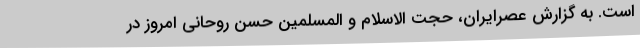
است. به گزارش عصرایران، حجت الاسلام و المسلمین حسن روحانی امروز در